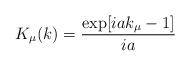
LaTeX: \begin{align*}K_{\mu}(k)= \frac{ \exp[iak_{\mu}-1]}{ia} \end{align*}